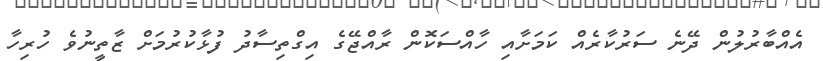
އެއްބާރުލުން ދޭނެ ސަރުކާރެއް ކަމަށާއި ހާއްސަކޮން ރާއްޖޭގެ އިގްތިސާދު ފުޅާކުރުމަށް ޒާތީނުވެ ހުރިހާ